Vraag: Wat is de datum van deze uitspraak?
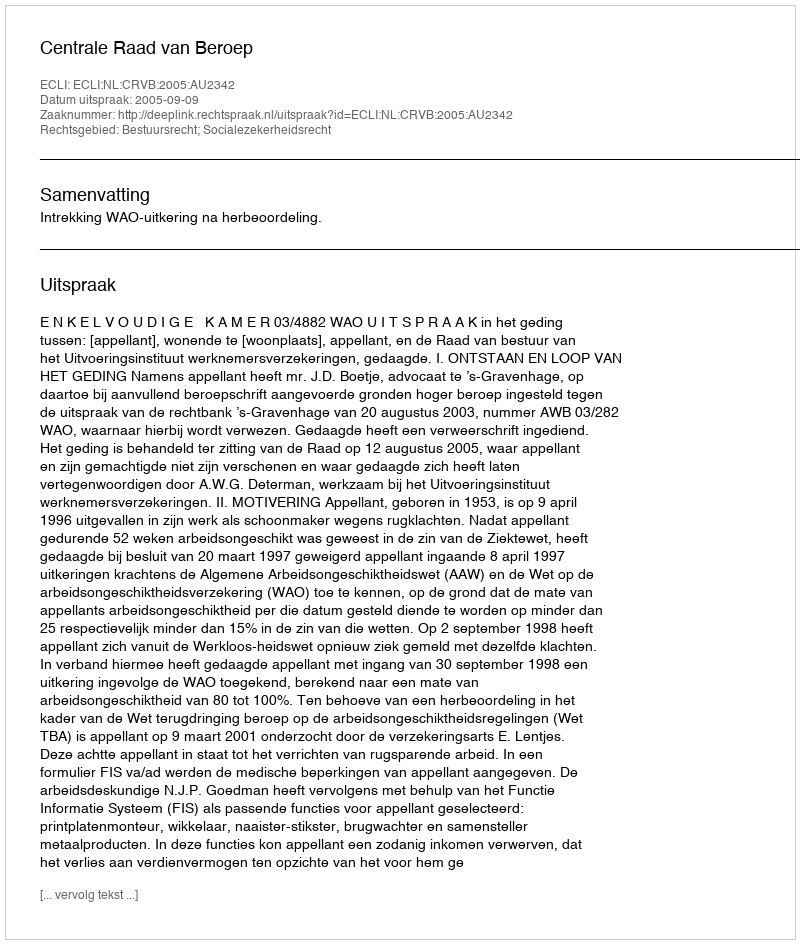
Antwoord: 2005-09-09